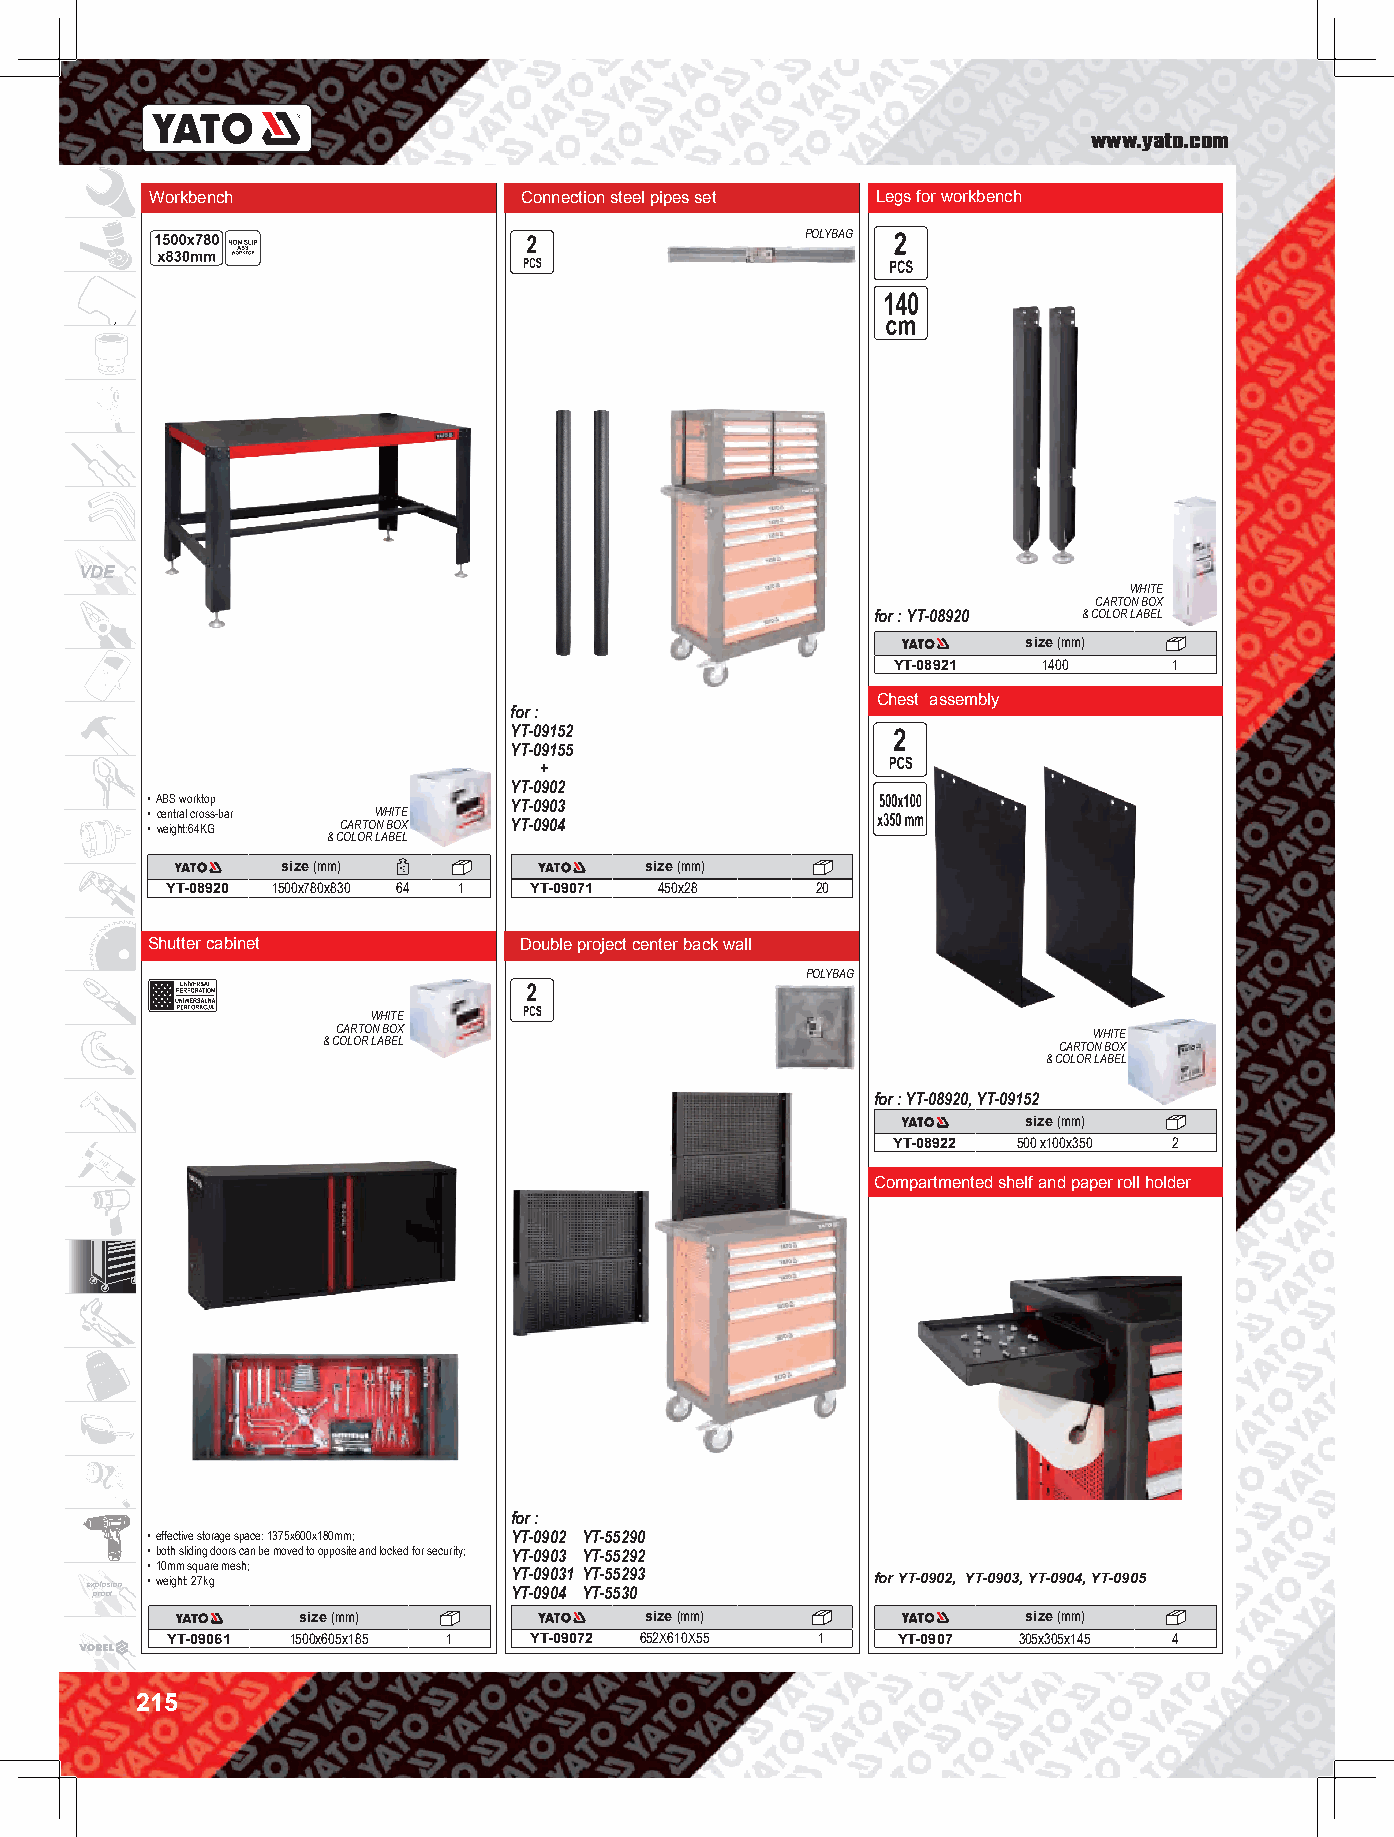
www.yato.com
 Workbench               Connection steel pipes set Legs for workbench
 POLYBAG
 VDE
 WHITE
 CARTON BOX
 for : YT-08920 & COLOR LABEL
 size (mm)
 YT-08921  1400     1
 Chest assembly
 for :
 YT-09152
 YT-09155
 +
 YT-0902
 • ABS worktop           YT-0903
 • central cross-bar WHITE
 • weight:64KG CARTON BOX YT-0904
 & COLOR LABEL
 size (mm)               size (mm)
 YT-08920 1500x780x830 64 1 YT-09071 450x28 20
 Shutter cabinet         Double project center back wall
 POLYBAG
 WHITE
 CARTON BOX                                        WHITE
 & COLOR LABEL                                    CARTON BOX
 & COLOR LABEL
 for : YT-08920, YT-09152
 size (mm)
 YT-08922 500 x100x350 2
 Compartmented shelf and paper roll holder
 for :
 • effective storage space: 1375x600x180mm; YT-0902 YT-55290
 • both sliding doors can be moved to opposite and locked for security; YT-0903 YT-55292
 • 10mm square mesh;
 • weight: 27kg          YT-09031 YT-55293       for YT-0902, YT-0903, YT-0904, YT-0905
 e x pp rl oo os fion        YT-0904 YT-5530
 size (mm)              size (mm)                size (mm)
 YT-09061 1500x605x185 1 YT-09072 652X610X55 1   YT-0907 305x305x145 4
 215